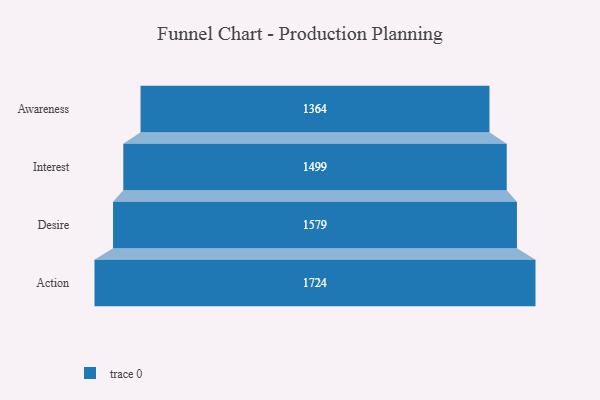
{"axis": {"x": "Stage", "y": "Value"}, "legend": [""], "data": [{"x": "Awareness", "y": 1364.0, "type": ""}, {"x": "Interest", "y": 1499.0, "type": ""}, {"x": "Desire", "y": 1579.0, "type": ""}, {"x": "Action", "y": 1724.0, "type": ""}]}